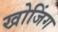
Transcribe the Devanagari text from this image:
खोजिंग